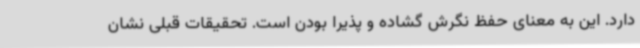
دارد. این به معنای حفظ نگرش گشاده و پذیرا بودن است. تحقیقات قبلی نشان